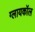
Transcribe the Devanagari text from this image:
ग्लायकॉल